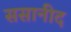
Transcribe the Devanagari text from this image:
ससानीद